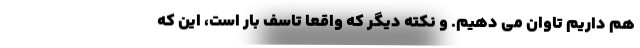
هم داریم تاوان می دهیم. و نکته دیگر که واقعاً تاسف بار است، این که